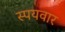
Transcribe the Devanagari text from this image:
स्पयवार